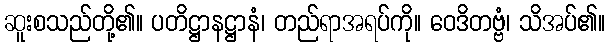
ဆူးစသည်တို့၏။ ပတိဋ္ဌာနဋ္ဌာနံ၊ တည်ရာအရပ်ကို။ ဝေဒိတဗ္ဗံ၊ သိအပ်၏။